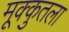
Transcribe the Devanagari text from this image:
मूक्कुतला